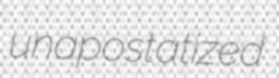
unapostatized